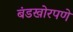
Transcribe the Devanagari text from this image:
बंडखोरपणे